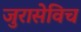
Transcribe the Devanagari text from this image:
जुरासेविच